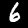
Label: 6